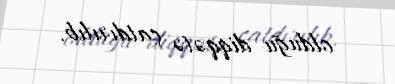
olduğu diqqətə çatdırılıb.